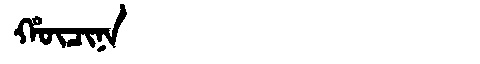
Manchu: ᡥᡡᠴᡳᠨᠠ
Romanization: HŪCINA